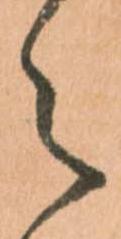
々